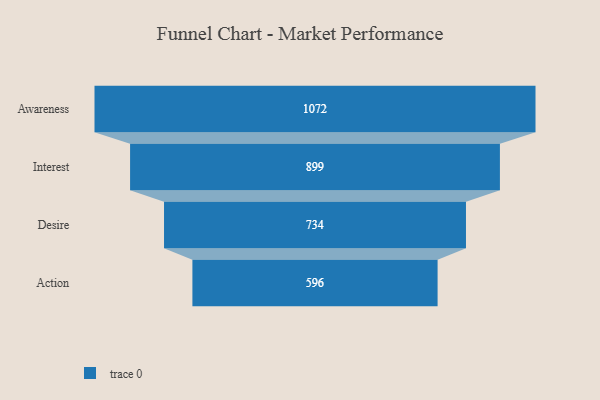
{"axis": {"x": "Stage", "y": "Value"}, "legend": [""], "data": [{"x": "Awareness", "y": 1072.0, "type": ""}, {"x": "Interest", "y": 899.0, "type": ""}, {"x": "Desire", "y": 734.0, "type": ""}, {"x": "Action", "y": 596.0, "type": ""}]}